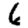
Digit: 6